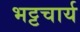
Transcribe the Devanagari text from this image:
भट्टचार्य